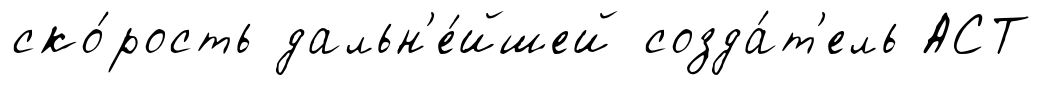
ско́рость дальн'е́йшей созда́т'ель АСТ